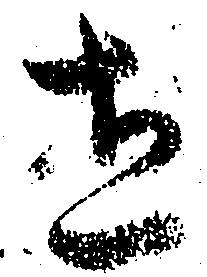
立